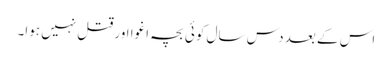
اس کے بعد دس سال کوئی بچہ اغوا اور قتل نہیں ہوا۔